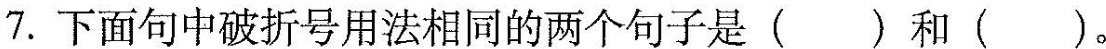
7.下面句中破折号用法相同的两个句子是( )和( )。